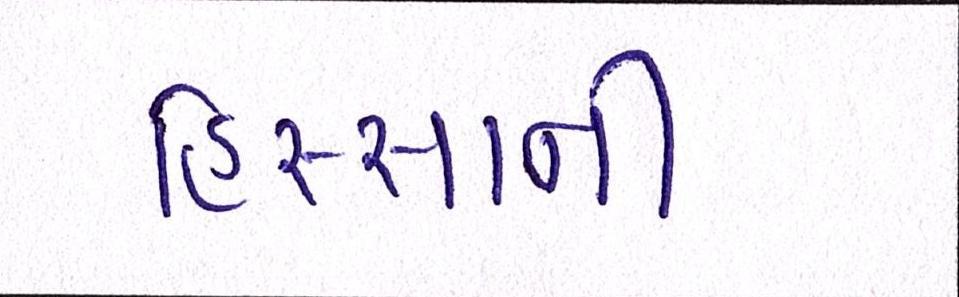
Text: હિસ્સાની